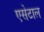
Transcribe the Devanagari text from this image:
एसेटाल